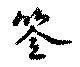
筌